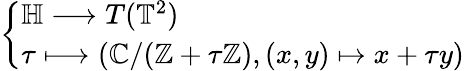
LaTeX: \left\{ \begin{array}{ll}{\mathbb{H}\longrightarrow T(\mathbb{T}^{2})}\\ {\tau\longmapsto(\mathbb{C}/(\mathbb{Z}+\tau\mathbb{Z}),(x,y)\mapsto x+\tau y)}\end{array}\right.